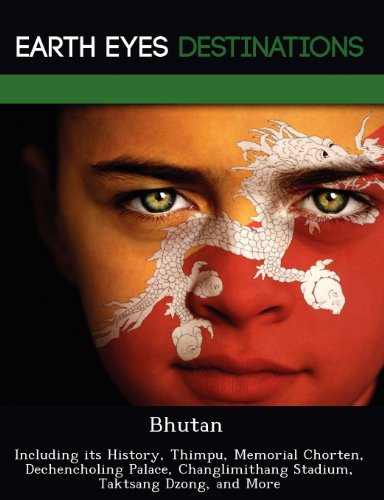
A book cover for Bhutan: Including its History, Thimpu, Memorial Chorten, Dechencholing Palace, Changlimithang Stadium, Taktsang Dzong, and More; Darwin Maron; Travel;